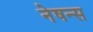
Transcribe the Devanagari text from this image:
नेषन्स